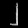
Digit: ၂